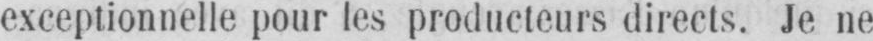
exceptionnelle pour les producteurs directs. Je ne